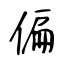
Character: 偏